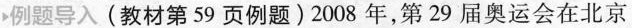
例题导入 (教材第59页例题) 2008年，第29届奥运会在北京